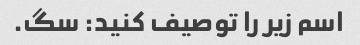
اسم زیر را توصیف کنید: سگ.